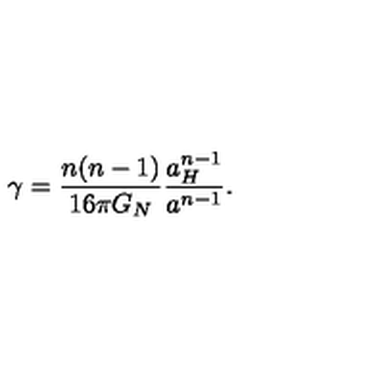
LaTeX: \gamma = { \frac { n ( n - 1 ) } { 1 6 \pi G _ { N } } } { \frac { a _ { H } ^ { n - 1 } } { a ^ { n - 1 } } } .